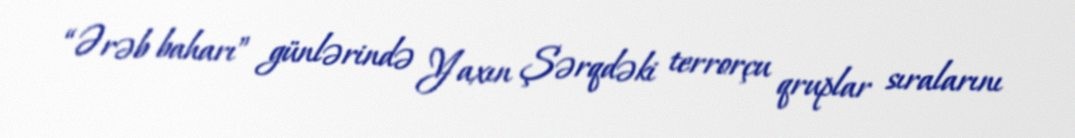
“Ərəb baharı” günlərində Yaxın Şərqdəki terrorçu qruplar sıralarını